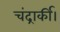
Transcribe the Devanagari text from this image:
चंद्रार्की।